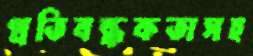
প্রতিবন্ধকতাসহ